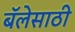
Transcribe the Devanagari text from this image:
बॅलेसाठी